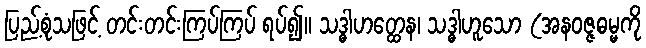
ပြည့်စုံသဖြင့် တင်းတင်းကြပ်ကြပ် ရပ်၍။ သဒ္ဓါဟတ္ထေန၊ သဒ္ဓါဟူသော (အနဝဇ္ဇဓမ္မကို